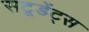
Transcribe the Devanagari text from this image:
सटूडेंट्स